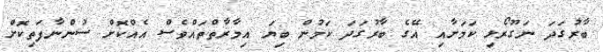
ބާރުގަދަ ނަގޫރޯޅި ކަމަށާއި އޭގެ ބާރުގަދަ ކަމުން ބިޔަ އިމާރާތްތައްވެސް އެއްކޮށް ސުންނާފަތިކޮށް